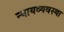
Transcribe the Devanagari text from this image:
न्‍यायव्‍यवस्‍था